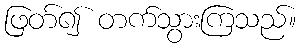
ဖြတ်၍ တက်သွားကြသည်။